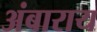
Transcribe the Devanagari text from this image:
अंबाराय